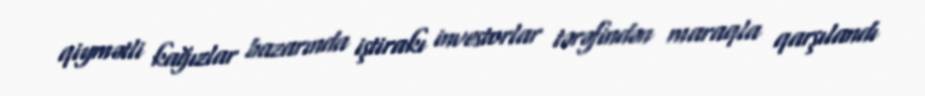
qiymətli kağızlar bazarında iştirakı investorlar tərəfindən maraqla qarşılandı